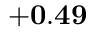
{ \bf + 0 . 4 9 }